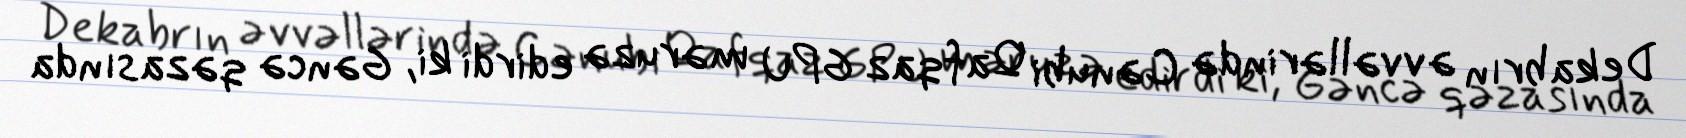
Dekabrın əvvəllərində Cənubi Qafqaz GPU məruzə edirdi ki, Gəncə qəzasında